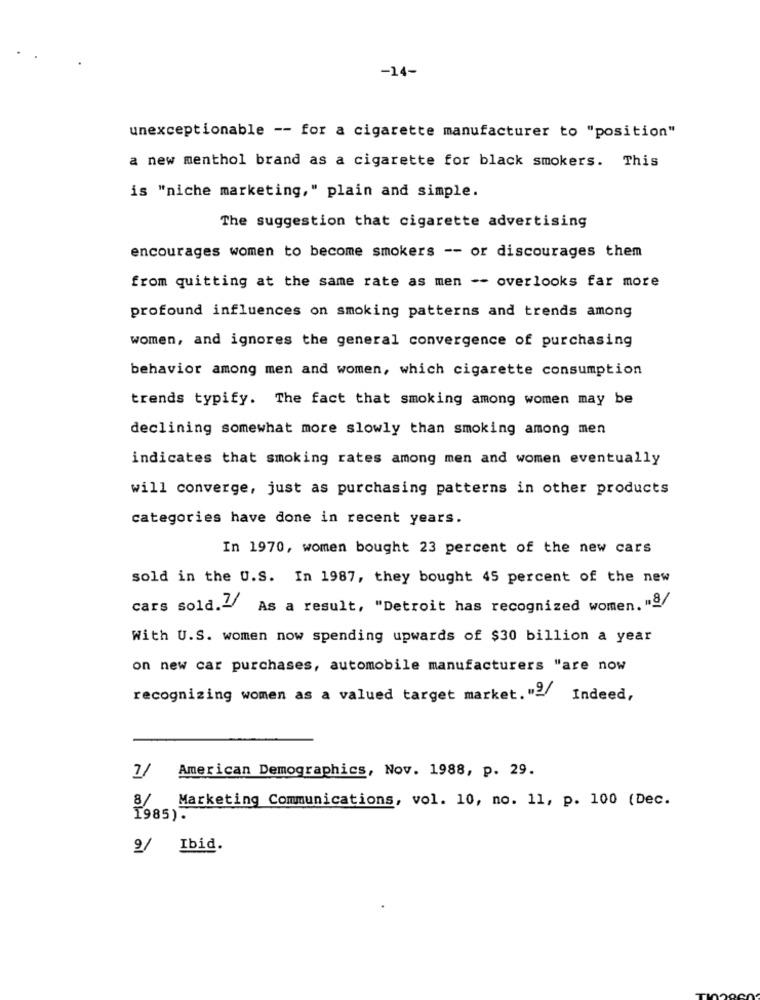
-14-
unexceptionable -- for a cigarette manufacturer to "position"
a new menthol brand as a cigarette for black smokers. This
is "niche marketing," plain and simple.
The suggestion that cigarette advertising
encourages women to become smokers -- or discourages them
from quitting at the same rate as men -- overlooks far more
profound influences on smoking patterns and trends among
women, and ignores the general convergence of purchasing
behavior among men and women, which cigarette consumption
trends typify. The fact that smoking among women may be
declining somewhat more slowly than smoking among men
indicates that smoking rates among men and women eventually
will converge, just as purchasing patterns in other products
categories have done in recent years.
In 1970, women bought 23 percent of the new cars
sold in the U.S. In 1987, they bought 45 percent of the new
cars sold." As a result, "Detroit has recognized women. "a/
With U.S. women now spending upwards of $30 billion a year
on new car purchases, automobile manufacturers "are now
recognizing women as a valued target market. "9/
Indeed,
7/ American Demographics, Nov. 1988, p. 29.
8/ Marketing Communications, vol. 10, no. 11, p. 100 (Dec.
1985).
9/ Ibid.